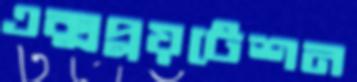
এক্সপ্লয়টেশন